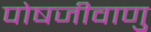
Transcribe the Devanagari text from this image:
पोषजीवाणु